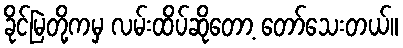
ခိုင်မြဲတို့ကမှ လမ်းထိပ်ဆိုတော့ တော်သေးတယ်။